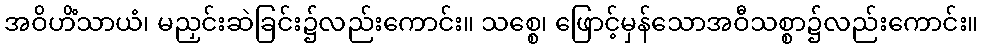
အဝိဟိံသာယံ၊ မညှင်းဆဲခြင်း၌လည်းကောင်း။ သစ္စေ၊ ဖြောင့်မှန်သောအဝီသစ္စာ၌လည်းကောင်း။